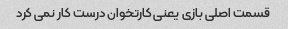
قسمت اصلی بازی یعنی کارتخوان درست کار نمی کرد